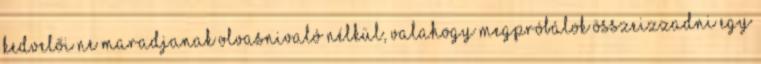
kedvelői ne maradjanak olvasnivaló nélkül, valahogy megpróbálok összeizzadni egy